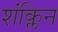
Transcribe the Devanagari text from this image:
शंक्लिन